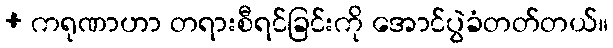
+ ကရုဏာဟာ တရားစီရင်ခြင်းကို အောင်ပွဲခံတတ်တယ်။